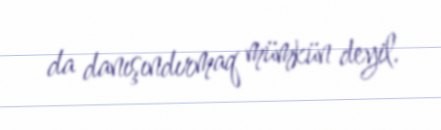
da danışındırmaq mümkün deyil.